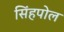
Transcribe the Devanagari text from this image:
सिंहपोल